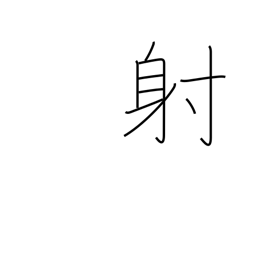
Meaning: shoot